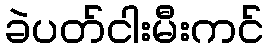
ခဲပတ်ငါးမီးကင်